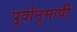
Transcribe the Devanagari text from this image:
पूर्वानुमापी